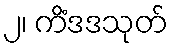
၂၊ ကိံဒဒသုတ်